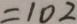
= 1 0 2